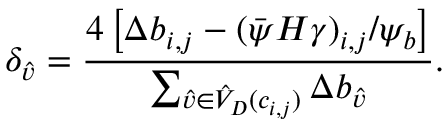
\delta _ { \hat { v } } = \frac { 4 \left[ \Delta b _ { i , j } - ( \bar { \psi } H \gamma ) _ { i , j } / \psi _ { b } \right] } { \sum _ { \hat { v } \in \hat { V } _ { D } ( c _ { i , j } ) } \Delta b _ { \hat { v } } } .